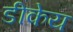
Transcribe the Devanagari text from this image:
डीकेय